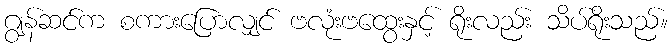
ဂျွန်ဆင်က စကားပြောလျှင် ဗလုံးဗထွေးနှင့် ရိုးလည်း သိပ်ရိုးသည်။